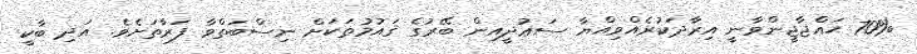
70% ޙައްޖާޖީންވާނީ އިރާދަކުރެއްވިއްޔާ ސަޢުދީއިން ބޭރުގެ ޤައުމުތަކަށް ނިސްބަތްވާ ފަރާތަށެވެ. އަދި ބާކީ